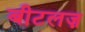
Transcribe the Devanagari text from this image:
बीटलज़